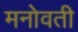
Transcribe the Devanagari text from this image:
मनोवती